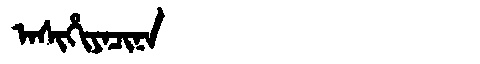
Manchu: ᠠᠰᡳᡥᡳᠶᠠᠴᡳᠨᠠ
Romanization: ASIHIYACINA